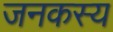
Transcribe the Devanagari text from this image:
जनकस्य